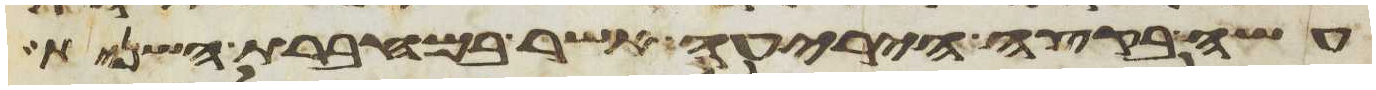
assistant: עשה בקצה היריעה אשר במחברת השנית